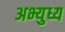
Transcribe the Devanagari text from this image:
अभ्युध्य